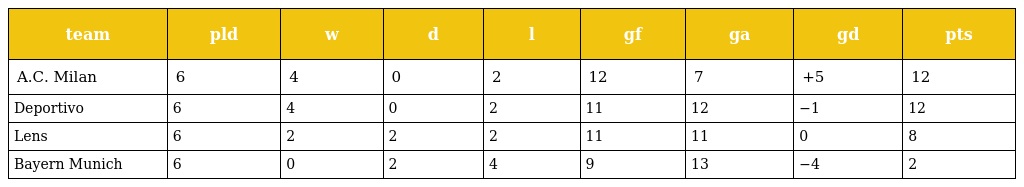
| team | pld | w | d | l | gf | ga | gd | pts |
 | --- | --- | --- | --- | --- | --- | --- | --- | --- |
 | A.C. Milan | 6 | 4 | 0 | 2 | 12 | 7 | +5 | 12 |
 | Deportivo | 6 | 4 | 0 | 2 | 11 | 12 | −1 | 12 |
 | Lens | 6 | 2 | 2 | 2 | 11 | 11 | 0 | 8 |
 | Bayern Munich | 6 | 0 | 2 | 4 | 9 | 13 | −4 | 2 |